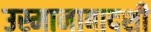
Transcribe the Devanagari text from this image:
उस्मानाबादशी